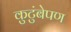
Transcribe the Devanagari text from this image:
कुटुंबेपण